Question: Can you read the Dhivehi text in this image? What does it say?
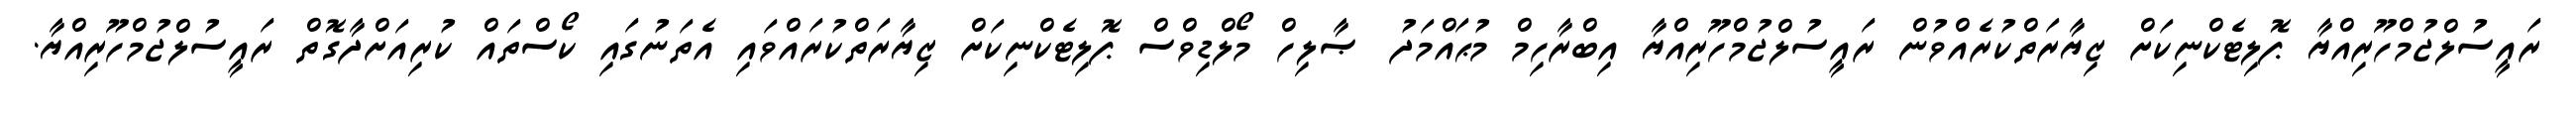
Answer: ރައީސުލްޖުމްހޫރިއްޔާ ޕޮލިޓެކްނިކަށް ޒިޔާރަތްކުރެއްވުން ރައީސުލްޖުމްހޫރިއްޔާ އިބްރާހިމް މުޙައްމަދު ޞާލިހް މޯލްޑިވްސް ޕޮލިޓެކްނިކަށް ޒިޔާރަތްކުރައްވައި އެތަނުގައި ކޯސްތައް ކުރިއަށްދާގޮތް ރައީސުލްޖުމްހޫރިއްޔާ.